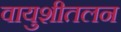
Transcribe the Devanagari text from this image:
वायुशीतलन